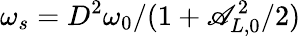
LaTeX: \omega_{s}=D^{2}\omega_{0}/(1+\mathscr{A}_{L,0}^{2}/2)